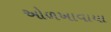
ઓળખાવાયા